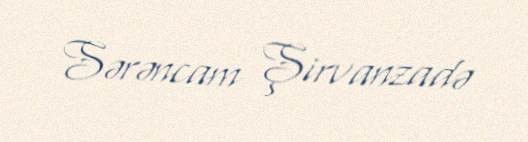
Sərəncam Şirvanzadə